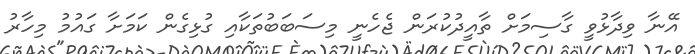
އޭނާ ވިދާޅުވީ ގާސިމަށް ތާއީދުކުރަން ޖެހެނީ މިސަބަބުތަކާއި ގުޅިގެން ކަމަށާ ގައުމު މިހާރު